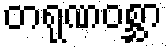
တရုဏဝစ္ဆာ